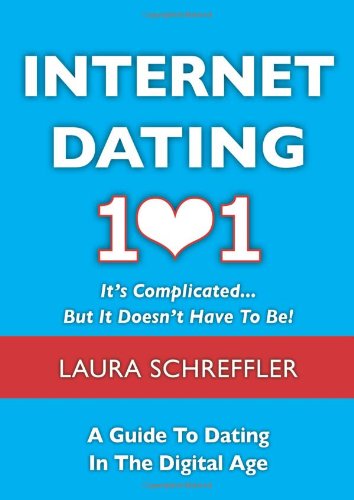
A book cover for Internet Dating 101: It's Complicated . . . But It Doesn't Have To Be: The Digital Age Guide to Navigating Your Relationship Through Social Media and Online Dating Sites; Laura Schreffler; Humor & Entertainment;